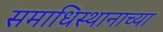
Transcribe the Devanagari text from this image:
समाधिस्थानाच्या